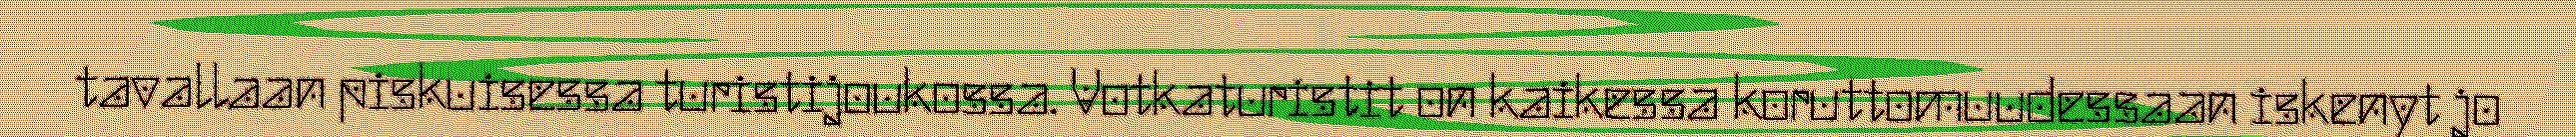
tavallaan piskuisessa turistijoukossa. Votkaturistit on kaikessa koruttomuudessaan iskenyt jo